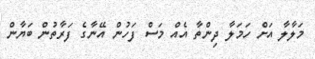
މަލާލާ އަށް ހަމަލާ ދިންތާ އެއް މަސް ފަހުން އޭނާގެ ފަރާތުން ބަޔާން